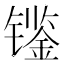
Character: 𰿀